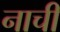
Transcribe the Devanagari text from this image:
नाची